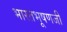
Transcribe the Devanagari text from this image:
भारतभूषणजी